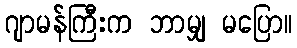
ဂျာမန်ကြီးက ဘာမျှ မပြော။